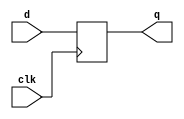
`timescale 1ns / 1ps
//////////////////////////////////////////////////////////////////////////////////
// Company: 
// Engineer: 
// 
// Design Name: 
// Module Name: d_ff
// Project Name: 
// Target Devices: 
// Tool Versions: 
// Description: 
// 
// Dependencies: 
// 
// Revision:
// Revision 0.01 - File Created
// Additional Comments:
// 
//////////////////////////////////////////////////////////////////////////////////


module d_ff(
    input clk,
    input d,
    output reg q
    );
    
    always @ (posedge clk) 
        q <= d;
endmodule